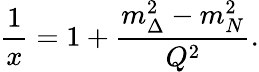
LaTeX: {\frac{1}{x}}=1+{\frac{m_{\Delta}^{2}-m_{N}^{2}}{Q^{2}}}.